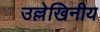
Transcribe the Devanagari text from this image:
उल्लेखिनीय